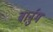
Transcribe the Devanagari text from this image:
बार्नुम